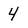
Character: 4